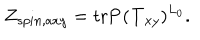
Z _ { s p i n , a x y } = \mathrm { t r } { \bf P } ( { \bf T } _ { x y } ) ^ { L _ { 0 } } .